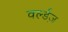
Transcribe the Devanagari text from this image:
वर्ल्डज़